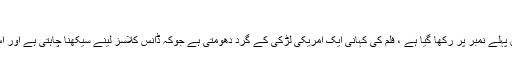
سسپائریا:
سپائریا نامی فلم کو 2018 کی ڈراونی فلموں کی فہرست میں پہلے نمبر پر رکھا گیا ہے ، فلم کی کہانی ایک امریکی لڑکی کے گرد دھومتی ہے جوکہ ڈانس کلاسز لینے سیکھنا چاہتی ہے اور اس دوران اس کو انتہائی دلچسپ حقائق کا سامنا کرنا پڑتا ہے۔